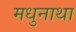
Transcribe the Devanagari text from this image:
मधुनाथा